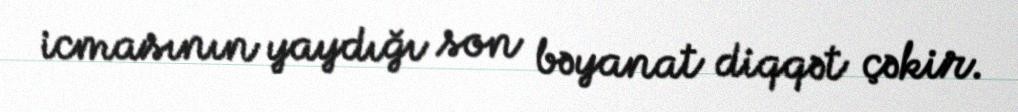
icmasının yaydığı son bəyanat diqqət çəkir.